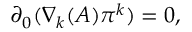
\partial _ { 0 } ( \nabla _ { k } ( A ) \pi ^ { k } ) = 0 ,